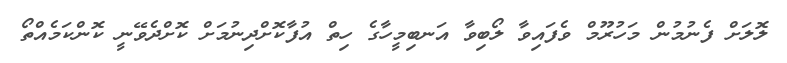
ލޮލަށް ފެނުމުން މަހުރޫމް ވެފައިވާ ލޯބިވާ އަނބިމީހާގެ ހިތް އުފާކޮށްދިނުމަށް ކޮށްދެވޭނީ ކޮންކަމެއްތޯ